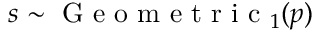
s \sim \mathrm { ~ G ~ e ~ o ~ m ~ e ~ t ~ r ~ i ~ c ~ } _ { 1 } ( p )